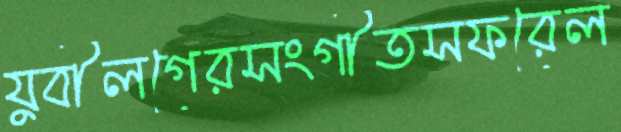
যুবীলগেরসংগীতসফরেল